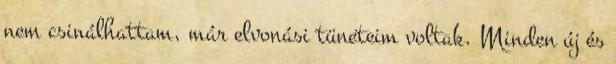
nem csinálhattam, már elvonási tüneteim voltak. Minden új és